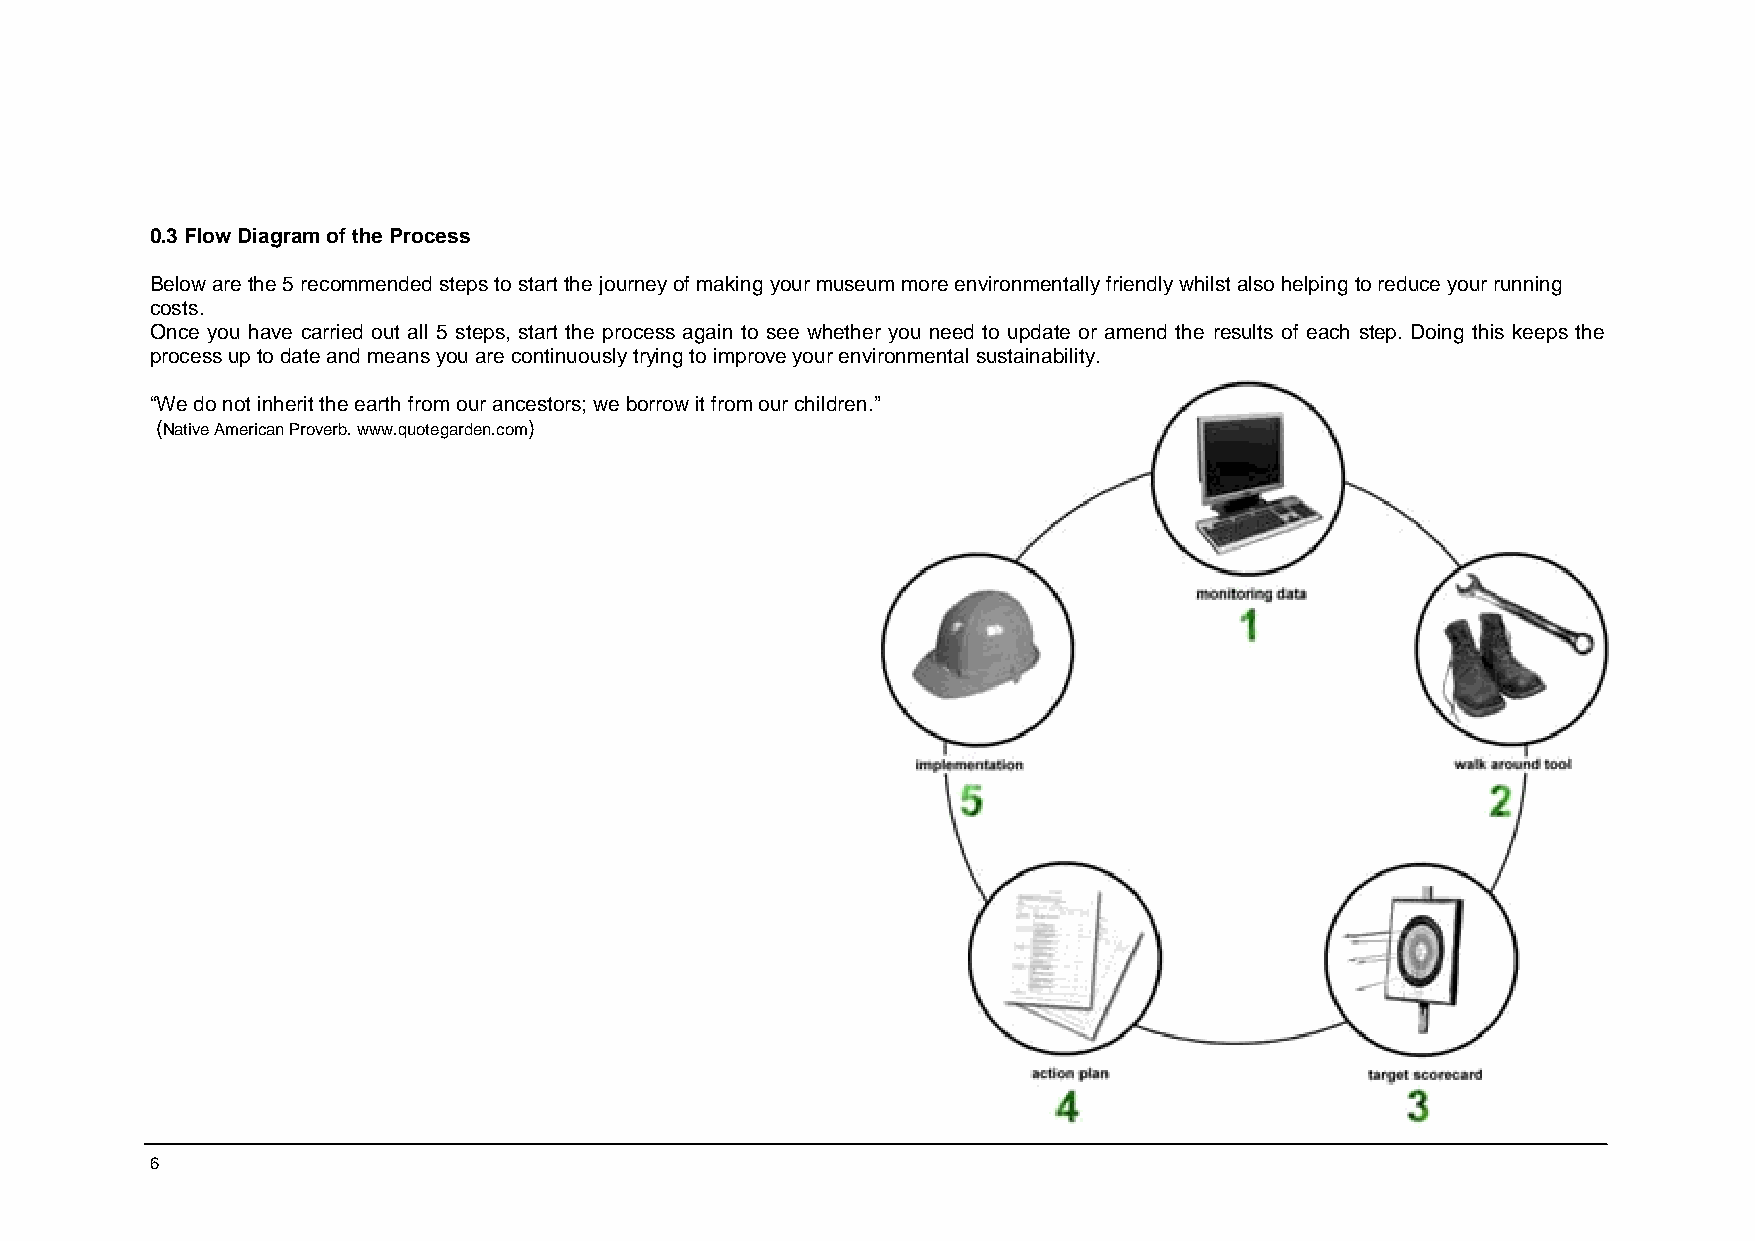
0.3 Flow Diagram of the Process
 Below are the 5 recommended steps to start the journey of making your museum more environmentally friendly whilst also helping to reduce your running
 costs.
 Once you have carried out all 5 steps, start the process again to see whether you need to update or amend the results of each step. Doing this keeps the
 process up to date and means you are continuously trying to improve your environmental sustainability.
 “We do not inherit the earth from our ancestors; we borrow it from our children.”
 (Native American Proverb. www.quotegarden.com)
 6